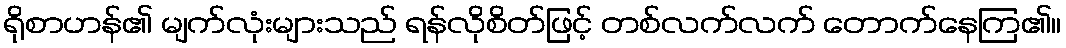
ရိုစာဟန်၏ မျက်လုံးများသည် ရန်လိုစိတ်ဖြင့် တစ်လက်လက် တောက်နေကြ၏။